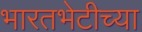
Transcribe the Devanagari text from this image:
भारतभेटीच्या